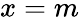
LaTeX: x=m